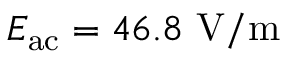
E _ { \mathrm { a c } } = 4 6 . 8 ~ \mathrm { V / m }